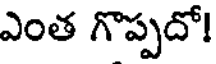
ఎంత గొప్పదో!